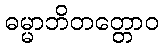
ဓမ္မာဘိတတ္တောဝ